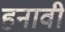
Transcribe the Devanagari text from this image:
हनावी